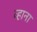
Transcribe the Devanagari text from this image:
व्हाना